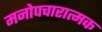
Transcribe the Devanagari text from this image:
मनोपचारात्मक